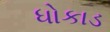
ધોકાડ